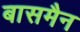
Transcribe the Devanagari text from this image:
बासमैन